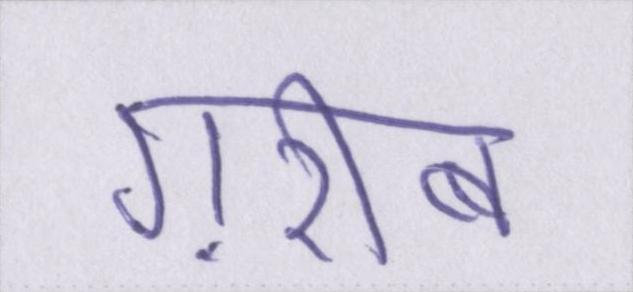
ग़रीब